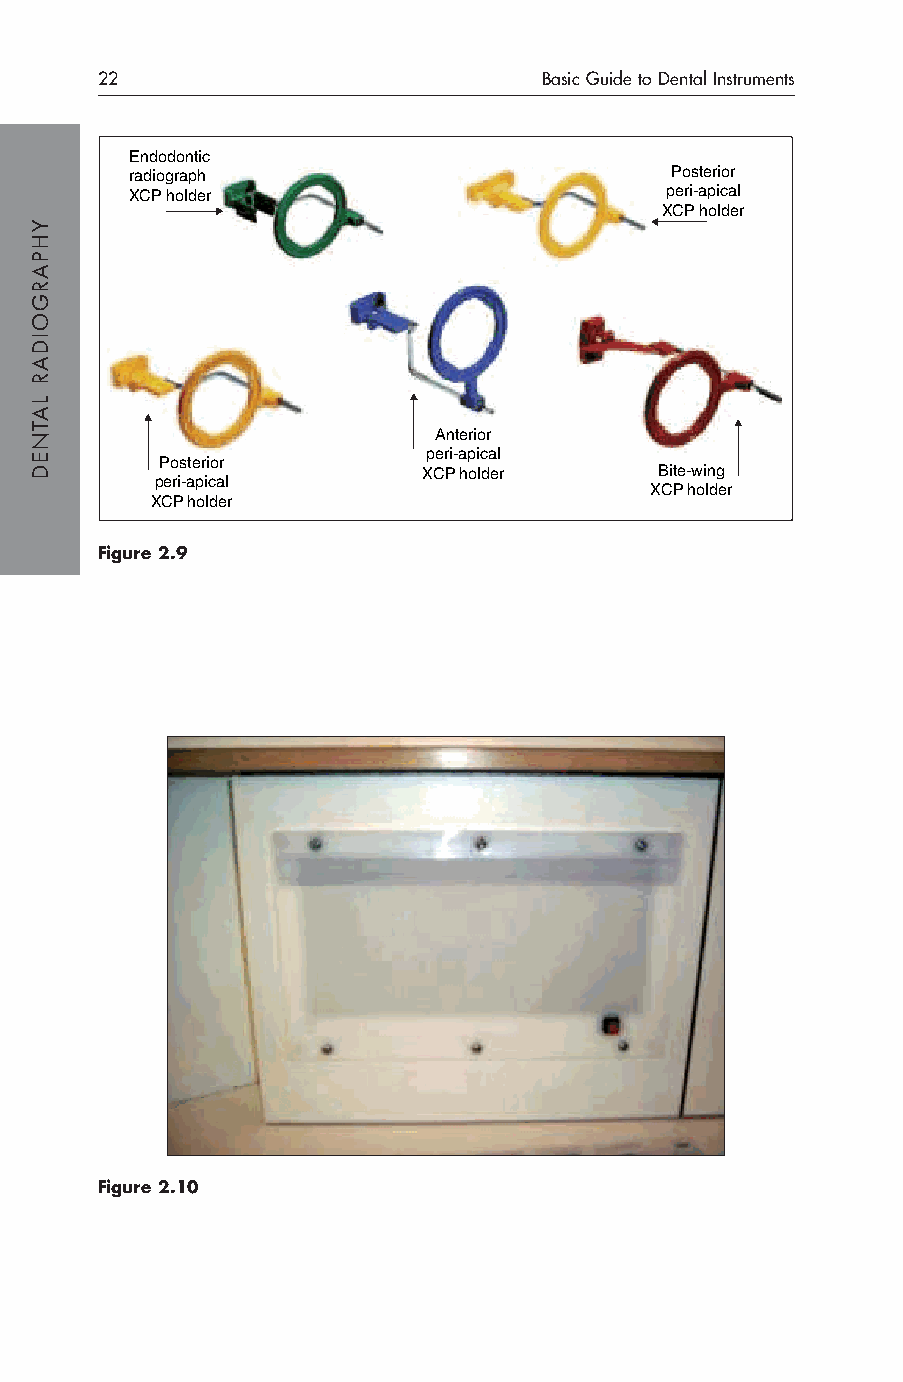
22                            Basic Guide to Dental Instruments
 Endodontic
 radiograph                         Posterior
 XCP holder                         peri-apical
 XCP holder
 Anterior
 peri-apical
 Posterior
 XCP holder      Bite-wing
 peri-apical
 XCP holder
 XCP holder
 Figure 2.9
 Figure 2.10
 YHPARGOIDAR
 LATNED